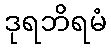
ဒုရဘိရမံ